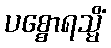
ပစ္စောရသ္မိံ